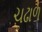
ચઢાળ